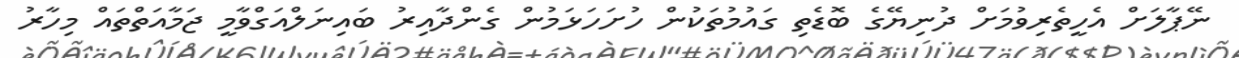
ނޭޕާލަށް އެހީތެރިވުމަށް ދުނިޔޭގެ ބޮޑެތި ގައުމުތަކުން ހުށަހަޅަމުން ގެންދާއިރު ބައިނަލްއަގްވާމީ ޖަމާއަތްތައް މިހާރު